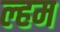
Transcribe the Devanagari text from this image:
ल्हम